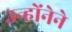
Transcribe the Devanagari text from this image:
उन्होंनेने